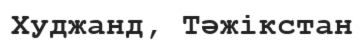
Худжанд, Тәжікстан